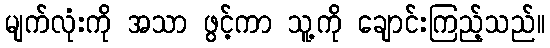
မျက်လုံးကို အသာ ဖွင့်ကာ သူ့ကို ချောင်းကြည့်သည်။